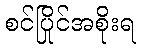
စင်ပြိုင်အစိုးရ